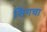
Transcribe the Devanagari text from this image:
सिंगचा